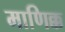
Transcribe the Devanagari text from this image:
माणिक्क